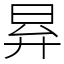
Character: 昪